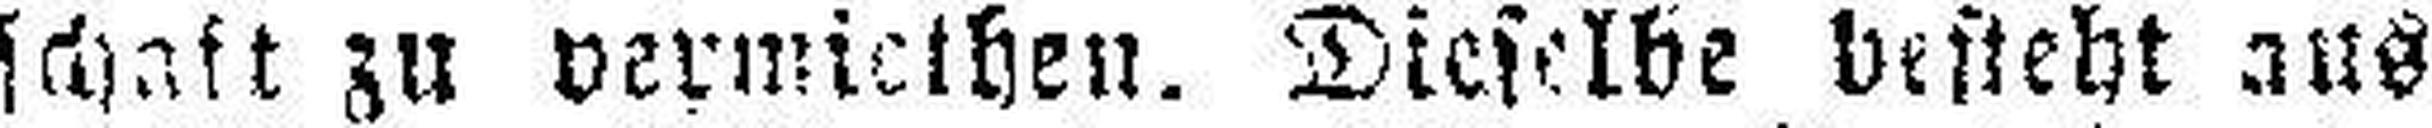
schaft zu vermiethen. Dieselbe besteht aus